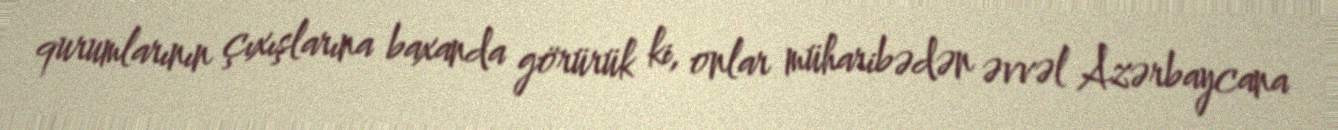
qurumlarının çıxışlarına baxanda görürük ki, onlar müharibədən əvvəl Azərbaycana